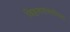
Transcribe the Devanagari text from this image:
विठ्ठलासंबंधीच्या